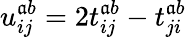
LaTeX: u_{ij}^{\mathfrak{a}b}=2t_{ij}^{\mathfrak{a}b}-t_{ji}^{\mathfrak{a}b}